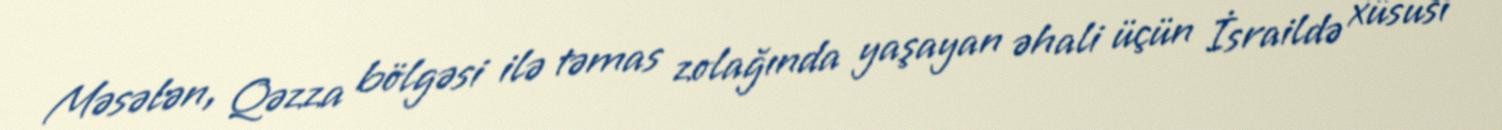
Məsələn, Qəzza bölgəsi ilə təmas zolağında yaşayan əhali üçün İsraildə xüsusi